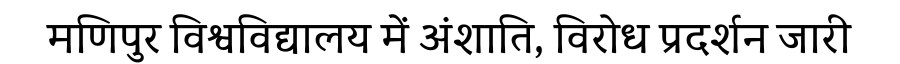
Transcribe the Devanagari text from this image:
मणिपुर विश्वविद्यालय में अंशाति, विरोध प्रदर्शन जारी